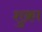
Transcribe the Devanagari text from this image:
शुक्रा